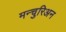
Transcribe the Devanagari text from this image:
मन्चुरिअन